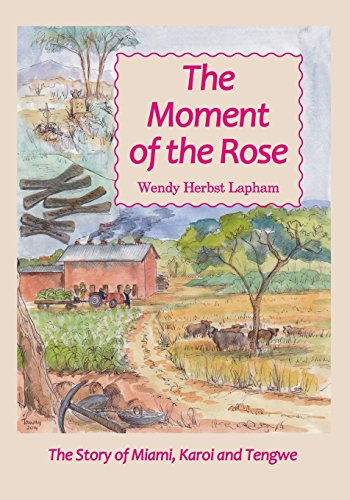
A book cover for The Moment of the Rose; Wendy Herbst Lapham; Travel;